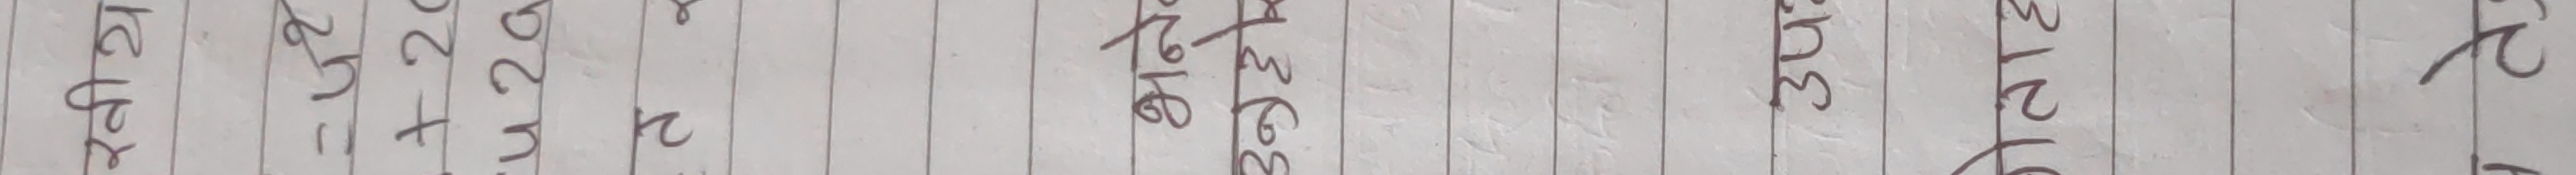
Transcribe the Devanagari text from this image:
कृ२ १६ ३० २
२५ ३२ ३१२ २
२५   र
२न
२र